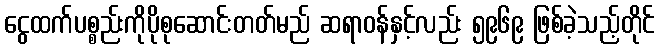
ငွေထက်ပစ္စည်းကိုပိုစုဆောင်းတတ်မည် ဆရာဝန်နှင့်လည်း ၅၉၆၉ ဖြစ်ခဲ့သည့်တိုင်